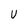
Character: V